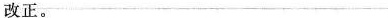
改正。